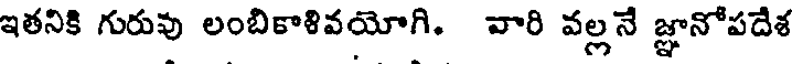
ఇతనికి గురువు లంబికాళివయోగి. వారి వల్లనే జ్ఞానోపదేశ